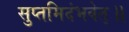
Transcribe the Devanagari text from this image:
सुप्तमिदंभवेत्॥